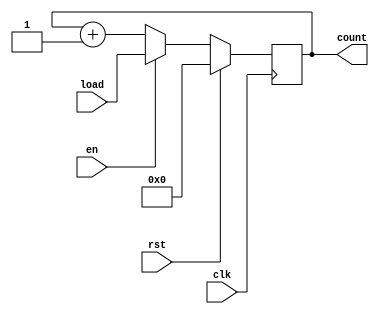
`timescale 1ns / 1ps
//////////////////////////////////////////////////////////////////////////////////
// Company: 
// Engineer: 
// 
// Design Name: 
// Module Name: counter
// Project Name: 
// Target Devices: 
// Tool Versions: 
// Description: 
// 
// Dependencies: 
// 
// Revision:
// Revision 0.01 - File Created
// Additional Comments:
// 
//////////////////////////////////////////////////////////////////////////////////


module counter(
    input clk, 
    input rst,
    input en,
    input [7:0] load,
    output reg [7:0] count
    );
    
    always @(posedge clk)
    begin
    
        if(rst)
            count <= 0;
        else if (en)
            count <= load;
        else
            count <= count + 1;      
    
    end
endmodule